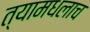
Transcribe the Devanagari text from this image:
त्यामधलाच